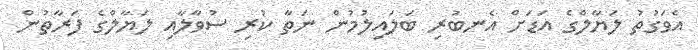
އެވަގުތު ލަޔާލްގެ އަޑަށް އެނބުރި ބަލައިލުމުން ނަތާ ކުރި ސުވާލާއި ލަޔާލްގެ ފަރާތުން